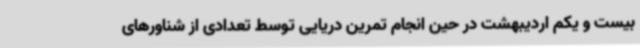
بیست و یکم اردیبهشت در حین انجام تمرین دریایی توسط تعدادی از شناورهای